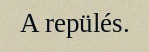
A repülés.